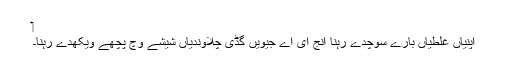
‏
اپنیاں غلطیاں بارے سوچدے رہنا اِنج ای اے جیویں گڈی چلاؤندیاں شیشے وچ پچھے ویکھدے رہنا۔